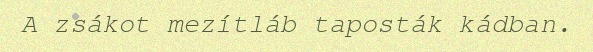
A zsákot mezítláb taposták kádban.